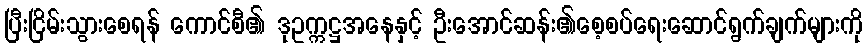
ပြီးငြိမ်းသွားစေရန် ကောင်စီ၏ ဒုဥက္ကဋ္ဌအနေနှင့် ဦးအောင်ဆန်း၏စေ့စပ်ရေးဆောင်ရွက်ချက်များကို